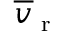
\overline { { v } } _ { \scriptsize \textrm { r } }